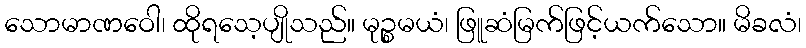
သောမာဏဝေါ၊ ထိုရသေ့ပျိုသည်။ မုဉ္စမယံ၊ ဖြူဆံမြက်ဖြင့်ယက်သော။ မိခလံ၊